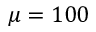
\mu = 1 0 0